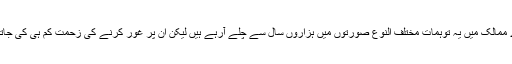
ہمارے ممالک میں یہ توہمات مختلف النوع صورتوں میں ہزاروں سال سے چلے آرہے ہیں لیکن ان پر غور کرنے کی زحمت کم ہی کی جاتی ہے۔